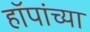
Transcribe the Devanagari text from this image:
हॉपांच्या